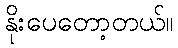
နိုးပေတော့တယ်။